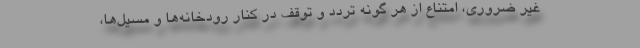
غیر ضروری، امتناع از هر گونه تردد و توقف در کنار رودخانه‌ها و مسیل‌ها،